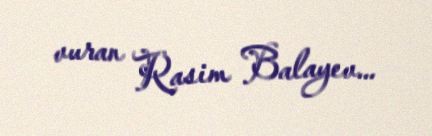
vuran Rasim Balayev...